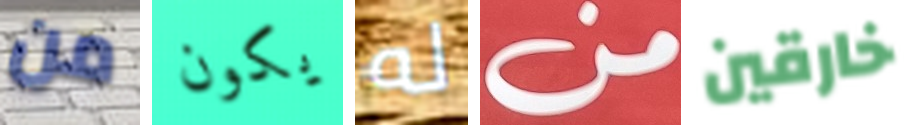
من يكون له من خارقين